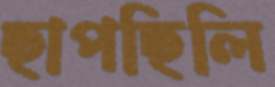
ছাপছিলি